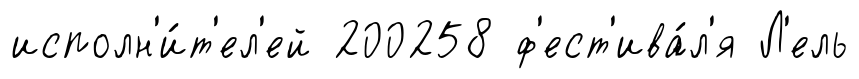
исполн'и́т'ел'ей 200258 ф'ест'ива́л'я Л'ель